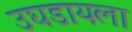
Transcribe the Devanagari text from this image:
उघडायला